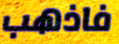
فاذهب